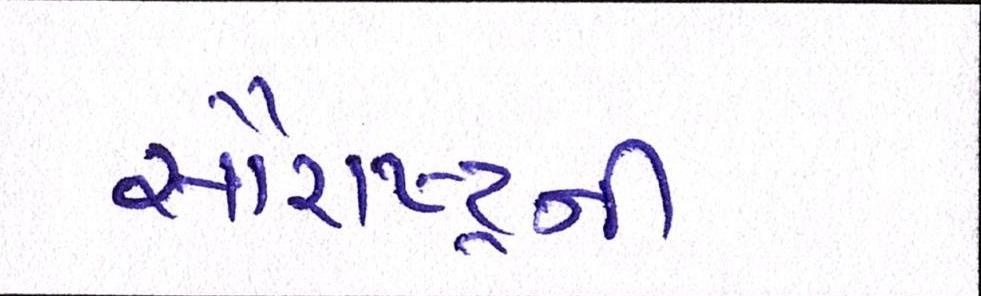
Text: સૌરાષ્ટ્રની